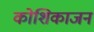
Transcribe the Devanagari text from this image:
कोशिकाजन